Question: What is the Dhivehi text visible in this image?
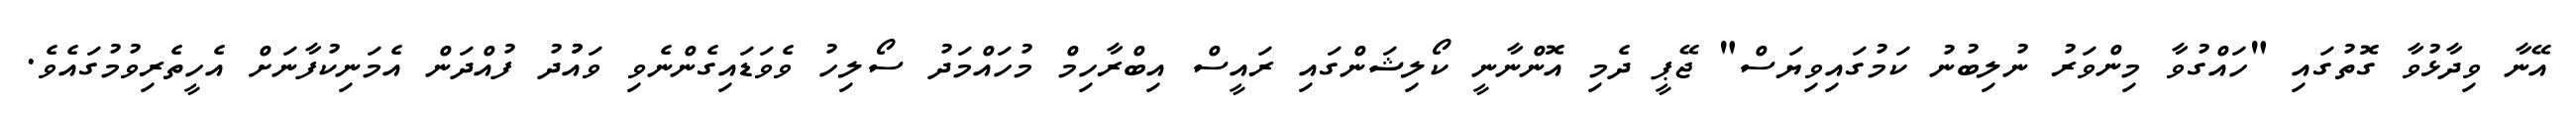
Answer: އޭނާ ވިދާޅުވާ ގޮތުގައި "ހައްގުވާ މިންވަރު ނުލިބުނު ކަމުގައިވިޔަސް" ޖޭޕީ ދެމި އޮންނާނީ ކޯލިޝަންގައި ރައީސް އިބްރާހިމް މުހައްމަދު ސޯލިހު ވެވަޑައިގެންނެވި ވައުުދު ފުއްދަން އެމަނިކުފާނަށް އެހީތެރިވުމުގައެވެ.